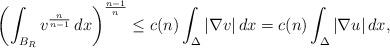
LaTeX: \begin{align*}\left( \int_{B_R} v^{\frac{n}{n-1}}\,dx \right)^{\frac{n-1}{n}} \leq c(n) \int_\Delta |\nabla v|\,dx = c(n) \int_\Delta |\nabla u|\,dx,\end{align*}